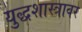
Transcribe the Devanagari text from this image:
युद्धशास्त्रावर